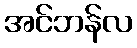
အင်ဘန်လ